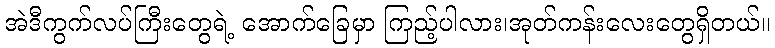
အဲဒီကွက်လပ်ကြီးတွေရဲ့ အောက်ခြေမှာ ကြည့်ပါလား၊အုတ်ကန်းလေးတွေရှိတယ်။